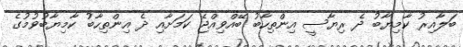
ބަލާއިރު ކާމިޔާބު ދެ ރިޔާސީ އިންތިހާބު ބޭއްވިއްޖެ ކަމަށާއި ދެ އިންތިހާބު ކާމިޔާބުވުމުގެ